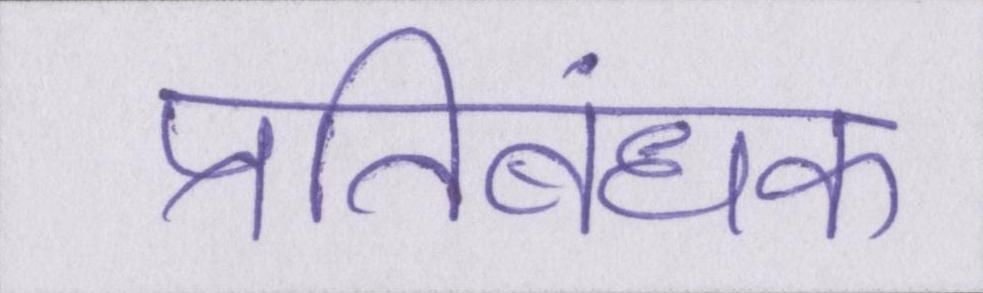
प्रतिबंधक